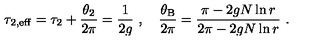
\tau _ { 2 , \mathrm { e f f } } = \tau _ { 2 } + \frac { \theta _ { 2 } } { 2 \pi } = \frac { 1 } { 2 g } \ , \quad \frac { \theta _ { \mathrm { B } } } { 2 \pi } = \frac { \pi - 2 g N \ln r } { 2 \pi - 2 g N \ln r } \ .